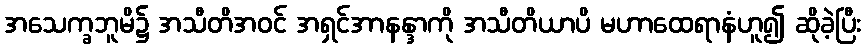
အသေက္ခဘူမိ၌ အသီတိအဝင် အရှင်အာနန္ဒာကို အသီတိယာပိ မဟာထေရာနံဟူ၍ ဆိုခဲ့ပြီး